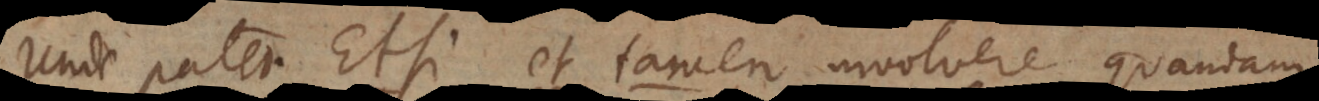
Unde patet Etsi et tamen involvere quandam